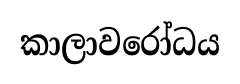
කාලාවරෝධය